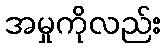
အမှုကိုလည်း